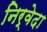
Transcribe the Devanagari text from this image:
निर्वेदा